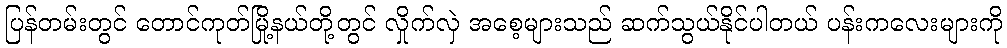
ပြန်တမ်းတွင် တောင်ကုတ်မြို့နယ်တို့တွင် လှိုက်လှဲ အစေ့များသည် ဆက်သွယ်နိုင်ပါတယ် ပန်းကလေးများကို